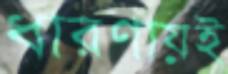
ধারণায়ই